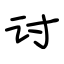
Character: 讨